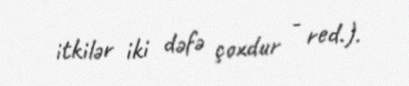
itkilər iki dəfə çoxdur - red.).